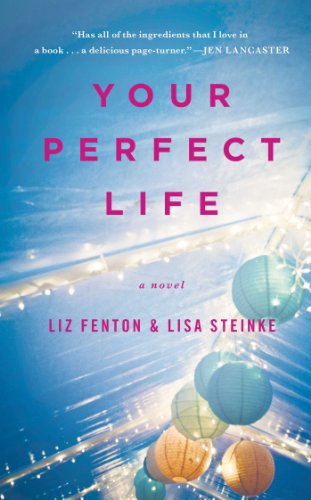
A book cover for Your Perfect Life: A Novel; Liz Fenton; Literature & Fiction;